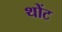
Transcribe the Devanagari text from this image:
थोंट